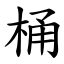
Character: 桶